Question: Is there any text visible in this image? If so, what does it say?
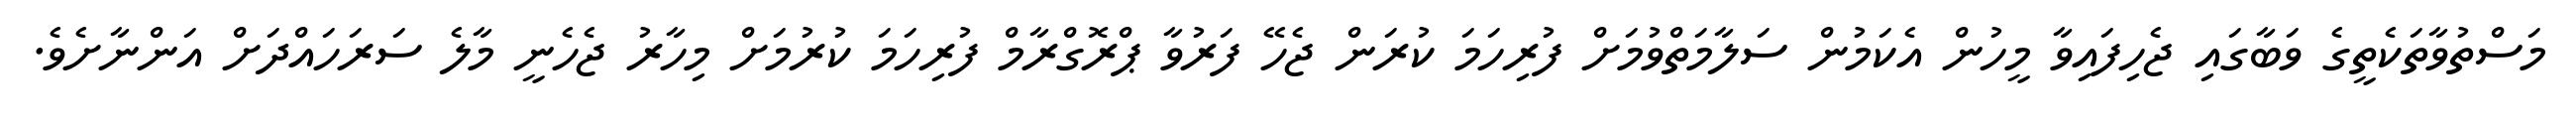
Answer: މަސްތުވާތަކެތީގެ ވަބާގައި ޖެހިފައިވާ މީހުން އެކަމުން ސަލާމަތްވުމަށް ފުރިހަމަ ކުރަން ޖެހޭ ފަރުވާ ޕްރޮގްރާމް ފުރިހަމަ ކުރުމަށް މިހާރު ޖެހެނީ މާލެ ސަރަހައްދަށް އަންނާށެވެ.